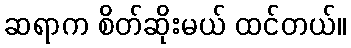
ဆရာက စိတ်ဆိုးမယ် ထင်တယ်။